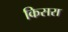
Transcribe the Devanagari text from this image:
किसरा